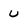
Character: U